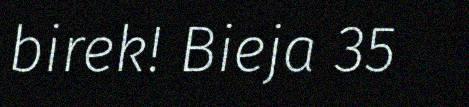
birek! Bieja 35